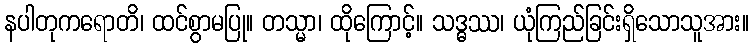
နပါတုကရောတိ၊ ထင်စွာမပြု။ တသ္မာ၊ ထိုကြောင့်။ သဒ္ဓဿ၊ ယုံကြည်ခြင်းရှိသောသူအား။